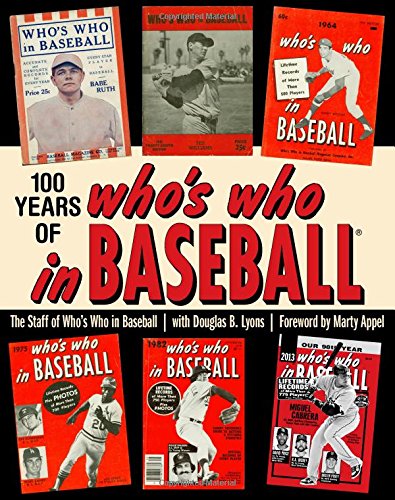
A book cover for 100 Years of Who's Who in Baseball; Douglas B. Lyons; Crafts, Hobbies & Home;